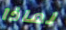
لماذا